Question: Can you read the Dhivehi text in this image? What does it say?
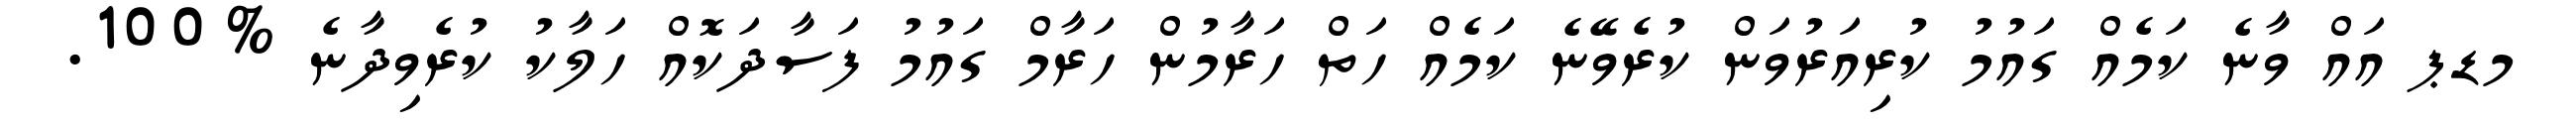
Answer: މޑޕ އައް ވާނެ ކަމެއް ގައުމު ކުރިއަރުވަން ކުރެވޭނެ ކަމެއް ހަތް ހަރާމުން ހަރާމް ގައުމު ފަސާދަކޮއް ހަލާކު ކުރެވިދާނެ %100.